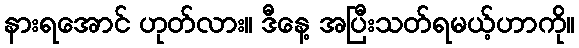
နားရအောင် ဟုတ်လား။ ဒီနေ့ အပြီးသတ်ရမယ့်ဟာကို။